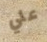
علي